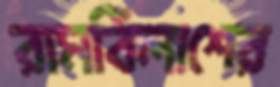
রামবিলাশের